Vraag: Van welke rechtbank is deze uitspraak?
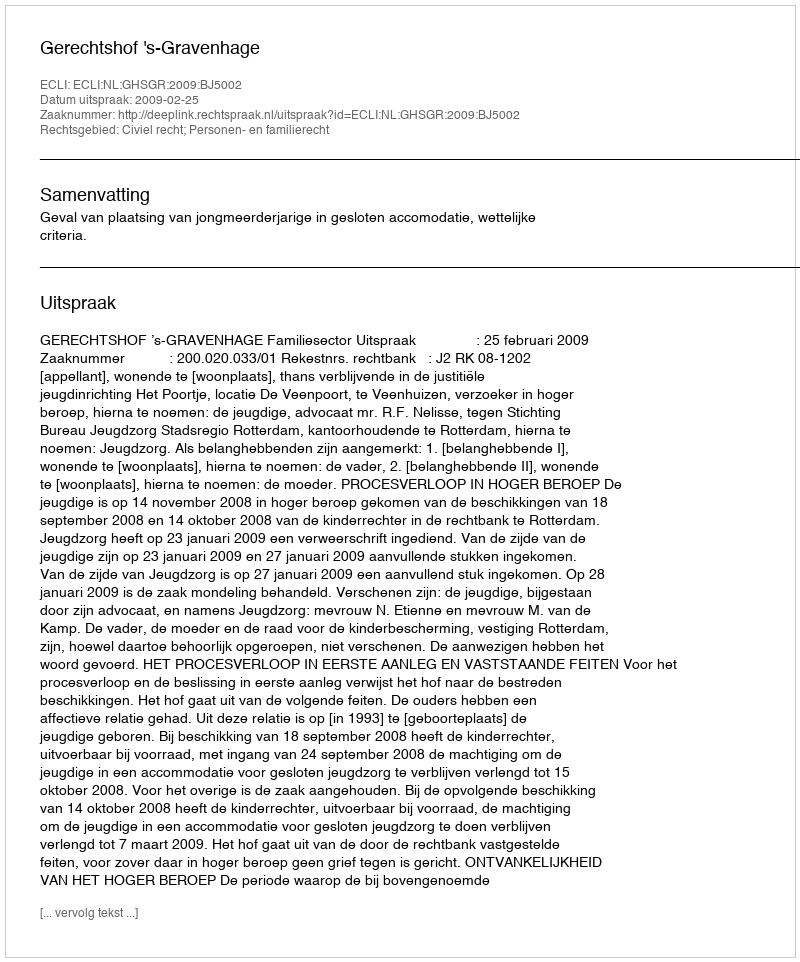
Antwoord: Gerechtshof 's-Gravenhage